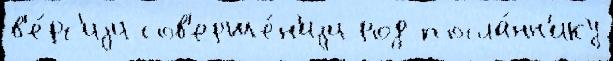
в'е́рс'иjи сов'ерше́н'иjи род посла́нн'ику